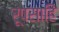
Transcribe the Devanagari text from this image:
रूपसाहि